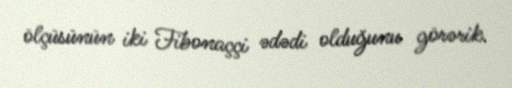
ölçüsünün iki Fibonaççi ədədi olduğunu görərik.